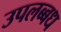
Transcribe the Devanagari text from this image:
उपलब्बध